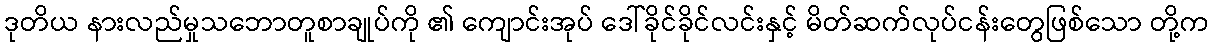
ဒုတိယ နားလည်မှုသဘောတူစာချုပ်ကို ၏ ကျောင်းအုပ် ဒေါ်ခိုင်ခိုင်လင်းနှင့် မိတ်ဆက်လုပ်ငန်းတွေဖြစ်သော တို့က